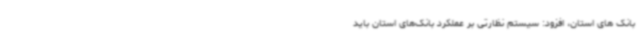
بانک های استان، افزود: سیستم نظارتی بر عملکرد بانک‌های‌ استان باید